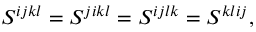
\begin{array} { r } { S ^ { i j k l } = S ^ { j i k l } = S ^ { i j l k } = S ^ { k l i j } , } \end{array}